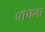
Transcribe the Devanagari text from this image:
पांचना